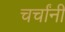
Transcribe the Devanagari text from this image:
चर्चांनी